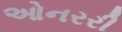
ઓનરરી